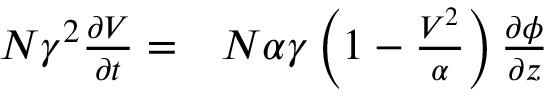
\begin{array} { r l } { N \gamma ^ { 2 } \frac { \partial V } { \partial t } = } & { { } N \alpha \gamma \left( 1 - \frac { V ^ { 2 } } { \alpha } \right) \frac { \partial \phi } { \partial z } } \end{array}